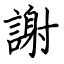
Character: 謝